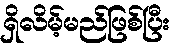
ရှိလိမ့်မည်ဖြစ်ပြီး